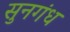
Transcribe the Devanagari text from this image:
सुनगंध